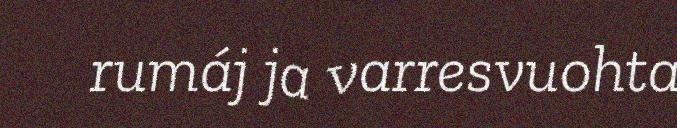
rumáj ja varresvuohta